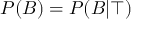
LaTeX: P ( B ) = P ( B | \top )